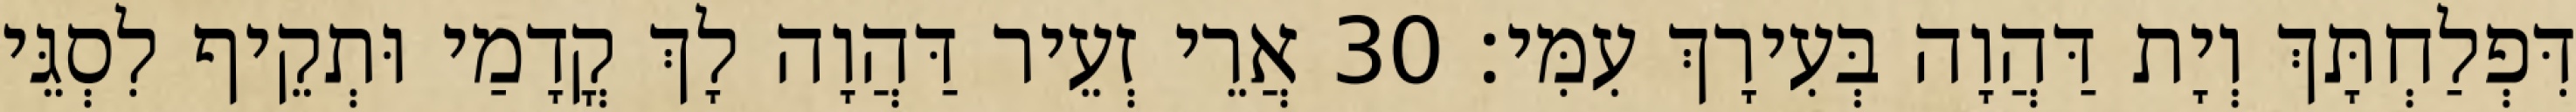
דִּפְלַחְתָּךְ וְיָת דַּהֲוָה בְּעִירָךְ עִמִּי׃ 30 אֲרֵי זְעֵיר דַּהֲוָה לָךְ קֳדָמַי וּתְקֵיף לִסְגֵּי